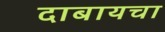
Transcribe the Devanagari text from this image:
दाबायचा